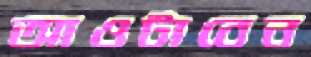
আওটাবেন